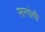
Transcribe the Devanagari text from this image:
सरगोषी